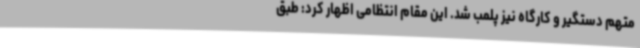
متهم دستگیر و کارگاه نیز پلمب شد. این مقام انتظامی اظهار کرد: طبق